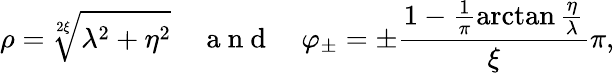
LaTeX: \rho=\sqrt[2\xi]{\lambda^{2}+\eta^{2}}\quad\mathrm{~a~n~d~}\quad\varphi_{\pm}=\pm\frac{1-\frac{1}{\pi}\arctan\frac{\eta}{\lambda}}{\xi}\pi,